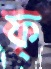
ফ্